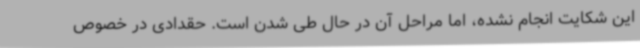
این شکایت انجام نشده، اما مراحل آن در حال طی شدن است. حقدادی در خصوص